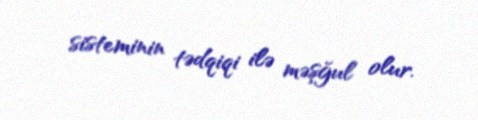
sisteminin tədqiqi ilə məşğul olur.